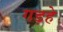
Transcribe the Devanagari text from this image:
गड़हे